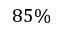
8 5 \%